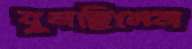
বুনছিলেন